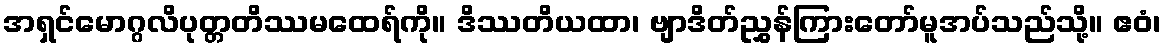
အရှင်မောဂ္ဂလိပုတ္တတိဿမထေရ်ကို။ ဒိဿတိယထာ၊ ဗျာဒိတ်ညွှန်ကြားတော်မူအပ်သည်သို့။ ဧဝံ၊